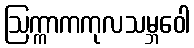
ဩက္ကာကကုလသမ္ဘဝေါ